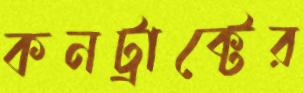
কনট্রাক্টের